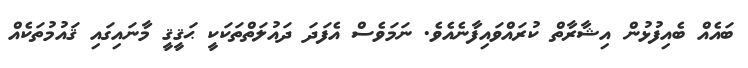
ބައެއް ބެއިފުޅުން އިޝާރާތް ކުރައްވައިފާނެއެވެ. ނަމަވެސް އެފަދަ ދައުލަތްތަކަކީ ޙަޤީޤީ މާނައިގައި ޤައުމުތަކެއް